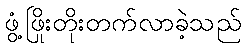
ဖွံ့ဖြိုးတိုးတက်လာခဲ့သည်